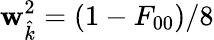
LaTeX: \mathbf{w}_{\hat{{k}}}^{2}=(1-F_{00})/8